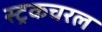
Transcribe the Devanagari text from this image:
स्ट्रकचरल